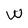
Character: W